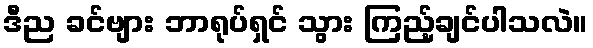
ဒီည ခင်ဗျား ဘာရုပ်ရှင် သွား ကြည့်ချင်ပါသလဲ။